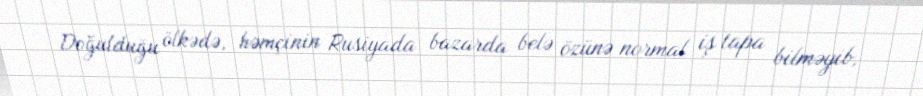
Doğulduğu ölkədə, həmçinin Rusiyada bazarda belə özünə normal iş tapa bilməyib,